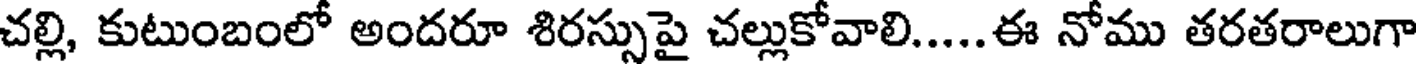
చల్లి, కుటుంబంలో అందరూ శిరస్సుపై చల్లుకోవాలి.....ఈ నోము తరతరాలుగా